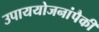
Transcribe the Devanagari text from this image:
उपाययोजनांपैकी